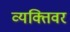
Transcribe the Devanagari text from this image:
व्यक्तिवर